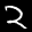
Label: 2